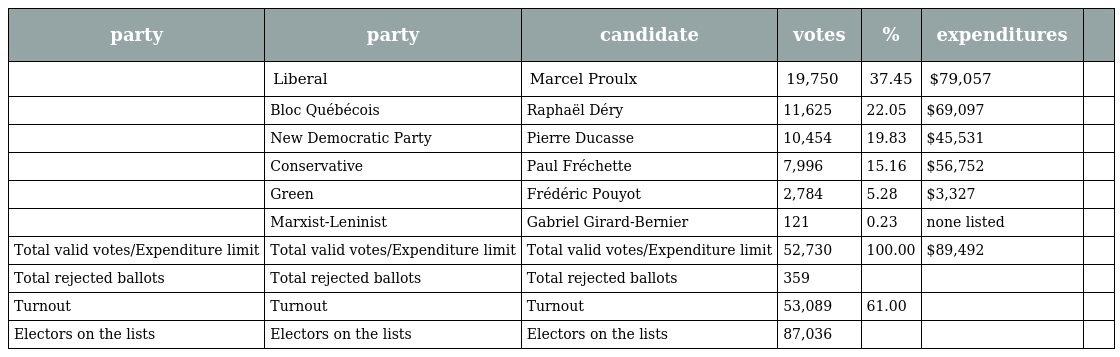
| party | party | candidate | votes | % | expenditures |  |
 | --- | --- | --- | --- | --- | --- | --- |
 |  | Liberal | Marcel Proulx | 19,750 | 37.45 | $79,057 |  |
 |  | Bloc Québécois | Raphaël Déry | 11,625 | 22.05 | $69,097 |  |
 |  | New Democratic Party | Pierre Ducasse | 10,454 | 19.83 | $45,531 |  |
 |  | Conservative | Paul Fréchette | 7,996 | 15.16 | $56,752 |  |
 |  | Green | Frédéric Pouyot | 2,784 | 5.28 | $3,327 |  |
 |  | Marxist-Leninist | Gabriel Girard-Bernier | 121 | 0.23 | none listed |  |
 | Total valid votes/Expenditure limit | Total valid votes/Expenditure limit | Total valid votes/Expenditure limit | 52,730 | 100.00 | $89,492 |  |
 | Total rejected ballots | Total rejected ballots | Total rejected ballots | 359 |  |  |  |
 | Turnout | Turnout | Turnout | 53,089 | 61.00 |  |  |
 | Electors on the lists | Electors on the lists | Electors on the lists | 87,036 |  |  |  |